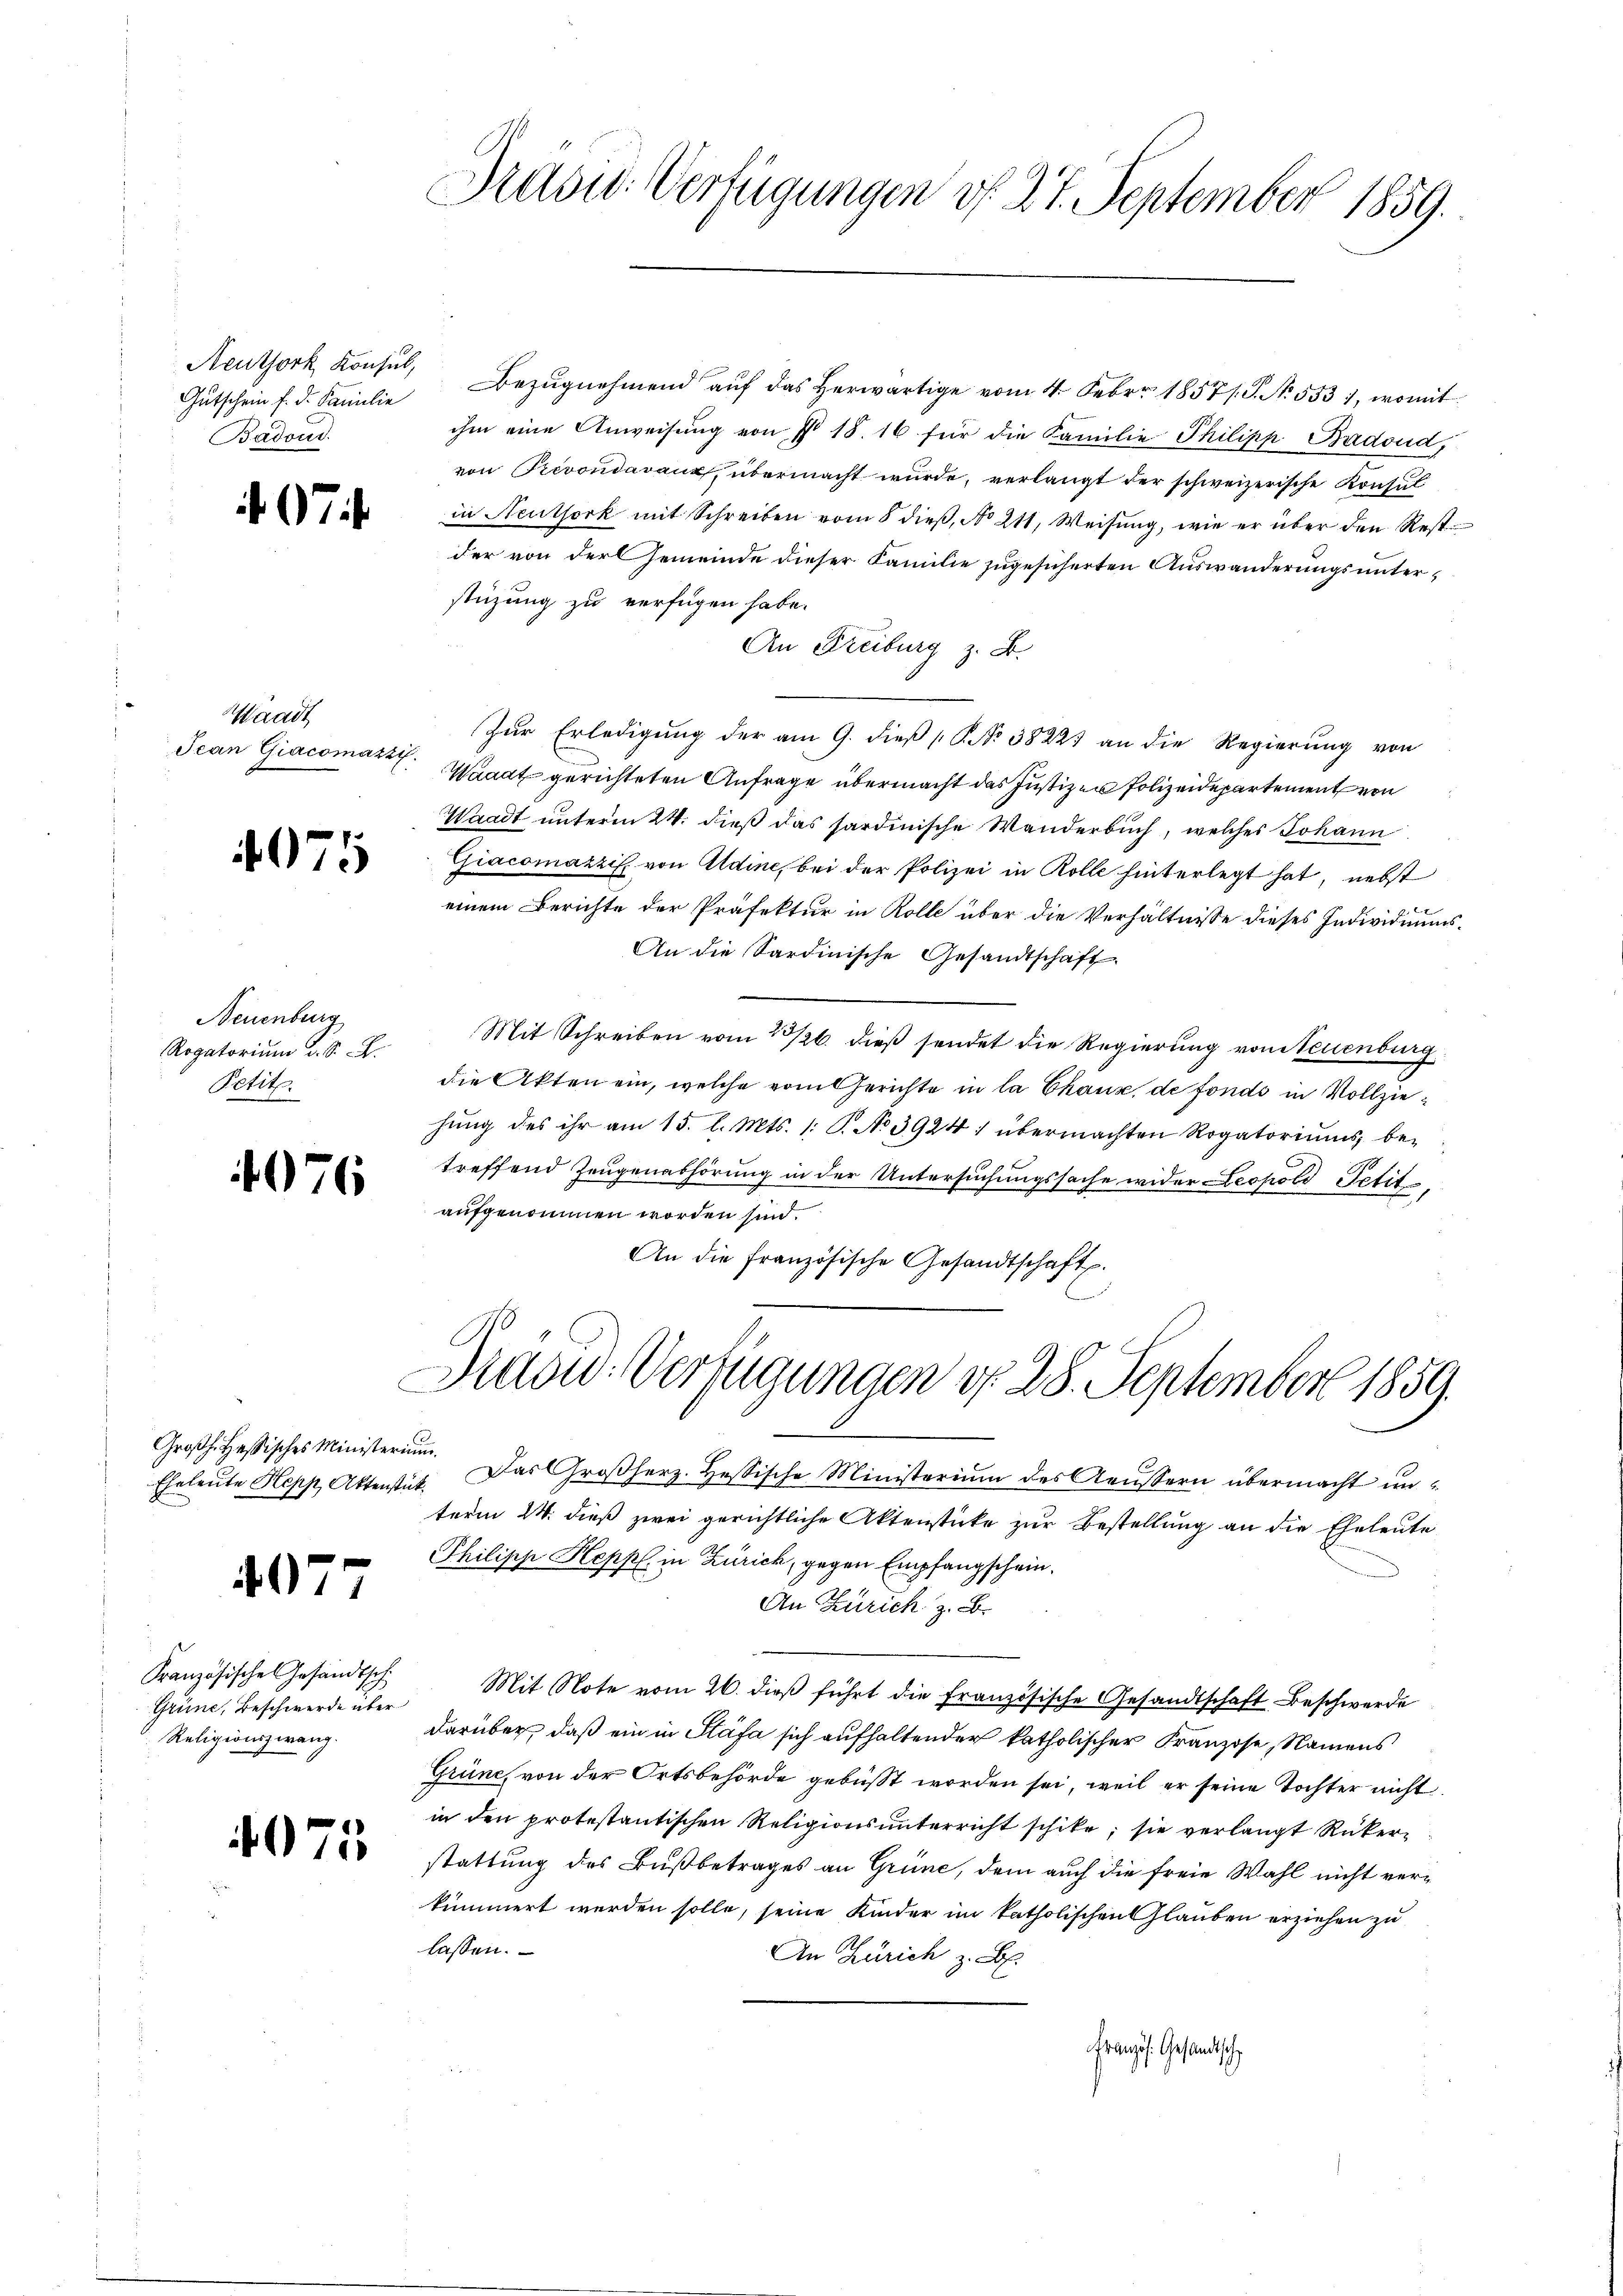
Neuthork Konsul,
Gutschein f. d. Familie
Badond.

7

Waadt
Jean Giacomazzi.

4075

Neuenburg
Rogatorium d. S. R.
Petitl.

4076

Großh. Hessisches Ministerium.

407

Französisches Gesandtsch
Grüne, Beschwerde über
Religionszwang.

4075

Brasid. Verfügungen vf. 27. September 1859.

Dradid-Verfügungen d. 28. September 1859.

Bezŭgnehmend auf das herwärtige vom 4. Febr. 1857/. G. N. 553 1, womit
ihm eine Anweisung von § 18. 16 für die Familie Philipp Badoud,
von Prevondavaux, übermacht wurde, verlangt der schweizerische Konsul
in Neuthork mit Schreiben vom 8 dieβ, No 211, Weisung, wie er über den Rest
der von der Gemeinde dieser Familie zugesicherten Auswanderungsunterstüzung zu verfügen habe.
An Freiburg z. B.
Zŭr Erledigung der am 9. dieβ (§. No 3822 an die Regierŭng von
Waadt gerichteten Anfrage übermacht das Justizer Polizeidepartement von
Waadt unterm 24. dieß das sardinische Wanderbuch, welches Johann
Giacomazzis von Adine, bei der Polizei in Rolle hinterlegt hat, nebst
einem Berichte der Präfektur in Rolle über die Verhältnisse dieses Individuums¬
An die Sardinische Gesandtschaft
Mit Schreiben vom 23/26. dieß sendet die Regierung von Steuenburg
die Akten ein, welche vom Gerichte in la Chaux de fonds in Vollziehŭng des ihr am 15. l. Mts. 1. S. No 3924: übermachten Rogatoriŭms be-
treffend Zeugenabhörung in der Untersuchungssache wider Leopold Petit
aufgenommen worden sind.
An die französische Gesandtschaft.

Eheleŭte Hepp Aktenstet. Das Großherz. Hessische Ministerium des Aeussern übermacht un-
term 24. dieß zwei gerichtliche Aktenstücke zur Bestellung an die Eheleute
Philipp Heppl. in Zürich, gegen Empfangschein.
An Zürich z. B.
Mit Note vom 26. dieß führt die Französische Gesandtschaft Beschwerde
darüber, daß ein in Stäfa sich aufhaltender katholischer Franzose, Namens
Grüne von der Ortsbehörde gebüsst worden sei, weil er seine Tochter nicht
in den protestantischen Religionsunterricht schike; sie verlangt Rükerstattung des Bußbetrages an Grüne, dem auch die freie Wahl nicht verkümmert werden solle, seine Kinder im katholischen Glauben erziehen zu
lassen.
An Zürich z. B.
Französ. Gesandtsch